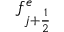
f _ { j + \frac { 1 } { 2 } } ^ { e }